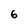
Character: 6